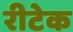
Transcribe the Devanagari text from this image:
रीटेक